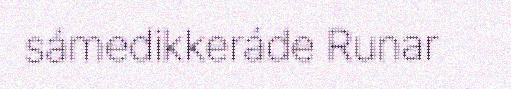
sámedikkeráde Runar